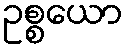
ဥစ္စယော